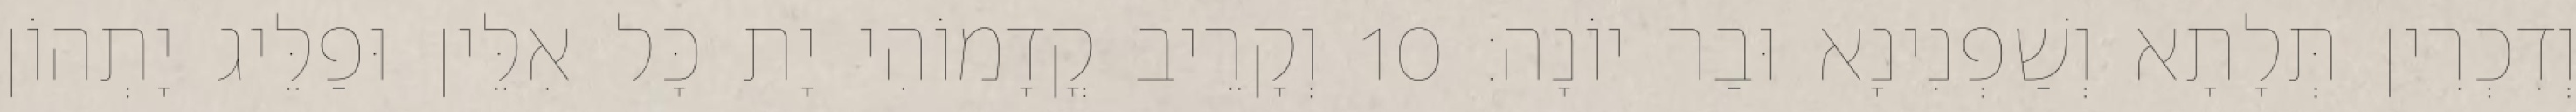
וְדִכְרִין תְּלָתָא וְשַׁפְנִינָא וּבַר יוֹנָה׃ 10 וְקָרֵיב קֳדָמוֹהִי יָת כָּל אִלֵּין וּפַלֵּיג יָתְהוֹן